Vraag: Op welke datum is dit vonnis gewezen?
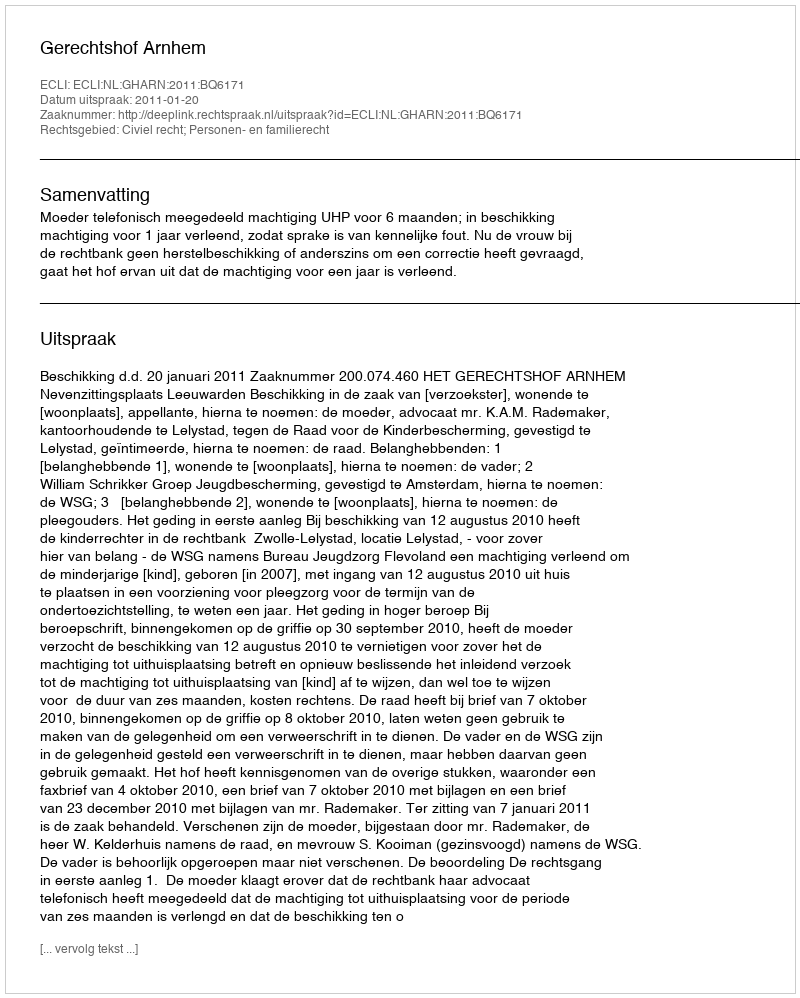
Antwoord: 2011-01-20